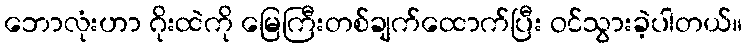
ဘောလုံးဟာ ဂိုးထဲကို မြေကြီးတစ်ချက်ထောက်ပြီး ဝင်သွားခဲ့ပါတယ်။